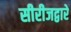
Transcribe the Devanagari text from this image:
सीरीजद्वारे